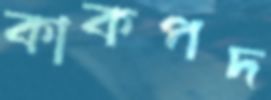
কাকপদ